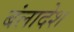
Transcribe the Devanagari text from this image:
बंलादेश